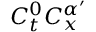
C _ { t } ^ { 0 } C _ { x } ^ { \alpha ^ { \prime } }